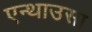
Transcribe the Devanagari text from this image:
एन्थाउसा